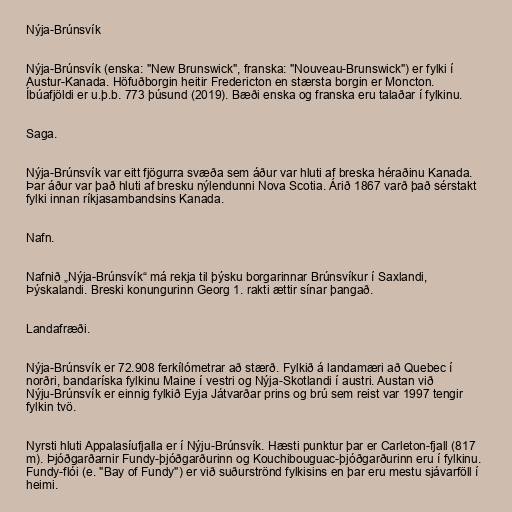
Nýja-Brúnsvík

Nýja-Brúnsvík (enska: "New Brunswick", franska: "Nouveau-Brunswick") er fylki í
Austur-Kanada. Höfuðborgin heitir Fredericton en stærsta borgin er Moncton.
Íbúafjöldi er u.þ.b. 773 þúsund (2019). Bæði enska og franska eru talaðar í fylkinu.

Saga.

Nýja-Brúnsvík var eitt fjögurra svæða sem áður var hluti af breska héraðinu Kanada.
Þar áður var það hluti af bresku nýlendunni Nova Scotia. Árið 1867 varð það sérstakt
fylki innan ríkjasambandsins Kanada.

Nafn.

Nafnið „Nýja-Brúnsvík“ má rekja til þýsku borgarinnar Brúnsvíkur í Saxlandi,
Þýskalandi. Breski konungurinn Georg 1. rakti ættir sínar þangað.

Landafræði.

Nýja-Brúnsvík er 72.908 ferkílómetrar að stærð. Fylkið á landamæri að Quebec í
norðri, bandaríska fylkinu Maine í vestri og Nýja-Skotlandi í austri. Austan við
Nýju-Brúnsvík er einnig fylkið Eyja Játvarðar prins og brú sem reist var 1997 tengir
fylkin tvö.

Nyrsti hluti Appalasíufjalla er í Nýju-Brúnsvík. Hæsti punktur þar er Carleton-fjall (817
m). Þjóðgarðarnir Fundy-þjóðgarðurinn og Kouchibouguac-þjóðgarðurinn eru í fylkinu.
Fundy-flói (e. "Bay of Fundy") er við suðurströnd fylkisins en þar eru mestu sjávarföll í
heimi.